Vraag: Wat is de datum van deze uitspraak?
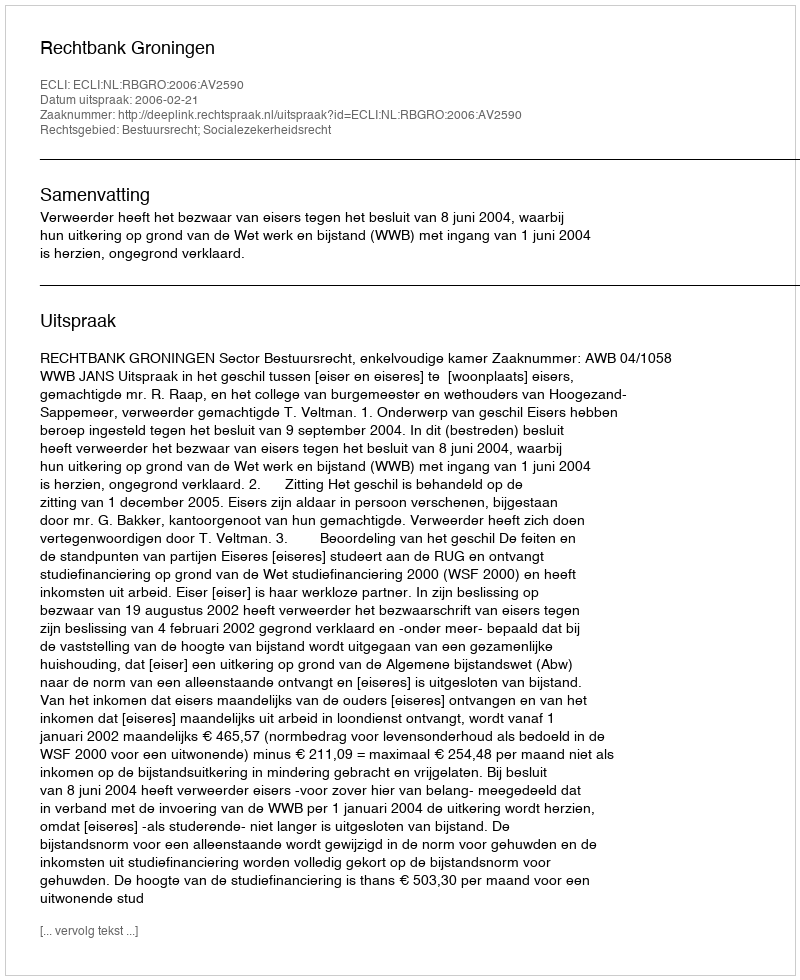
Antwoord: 2006-02-21